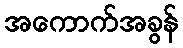
အကောက်အခွန်